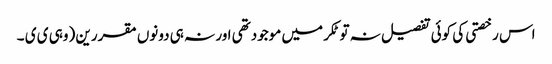
اس رخصتی کی کوئی تفصیل نہ تو ٹکر میں موجودتھی اور نہ ہی دونوں مقررین (وہی ی ی ۔